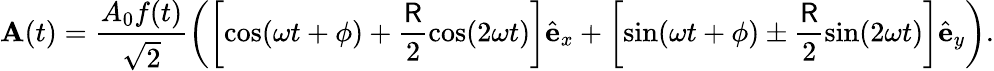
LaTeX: \textbf{A}(t)=\frac{A_{0}f(t)}{\sqrt{2}}\left(\left[\cos(\omega t+\phi)+\frac{\textsf{R}}{2}\cos(2\omega t)\right]\hat{\textbf{e}}_{x}+\left[\sin(\omega t+\phi)\pm\frac{\textsf{R}}{2}\sin(2\omega t)\right]\hat{\textbf{e}}_{y}\right).